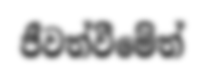
ජීවත්වීමේත්